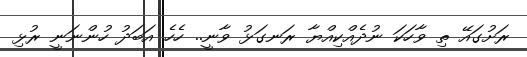
ރަށުގައޭ ތި ވާހަކަ ނުދެއްކިއްޔާ ރަނގަޅު ވާނީ.. ހެހެ އަބަދު ހުންނަނީ ރުޅި